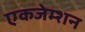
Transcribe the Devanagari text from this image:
एकजेम्शन